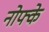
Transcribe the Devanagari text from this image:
नोफ्के